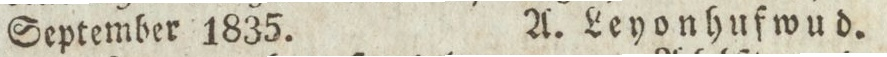
September 1835.    A. Leyonhufwud.